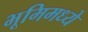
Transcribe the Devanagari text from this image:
भूमिमध्ये